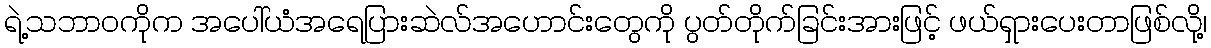
ရဲ့သဘာဝကိုက အပေါ်ယံအရေပြားဆဲလ်အဟောင်းတွေကို ပွတ်တိုက်ခြင်းအားဖြင့် ဖယ်ရှားပေးတာဖြစ်လို့၊